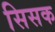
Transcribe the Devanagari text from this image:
सिसक